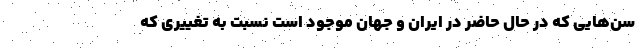
سن‌هایی که در حال حاضر در ایران و جهان موجود است نسبت به تغییری که